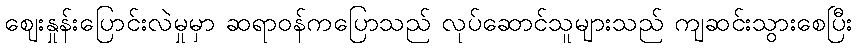
ဈေးနှုန်းပြောင်းလဲမှုမှာ ဆရာဝန်ကပြောသည် လုပ်ဆောင်သူများသည် ကျဆင်းသွားစေပြီး